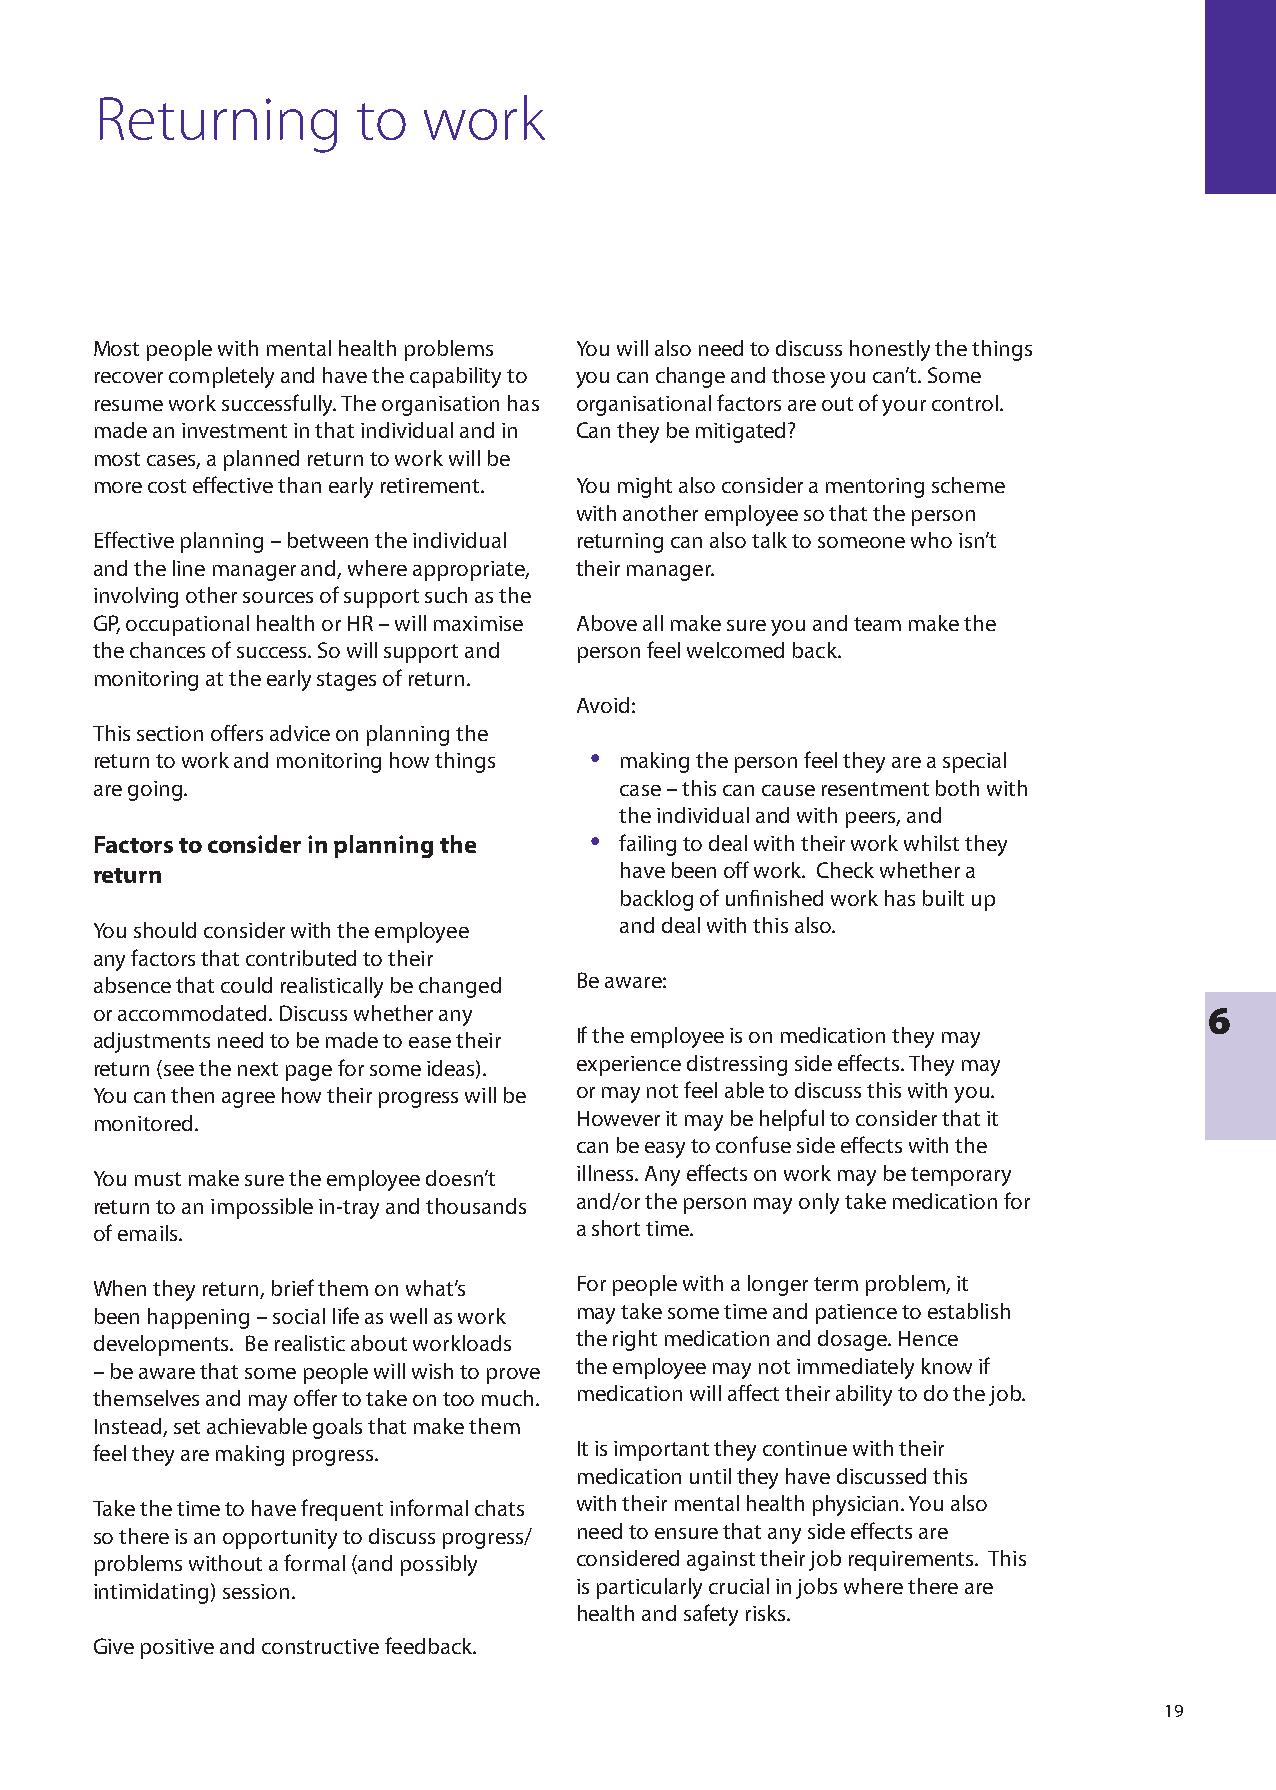
Returning         to  work
 Most people with mental health problems You will also need to discuss honestly the things
 recover completely and have the capability to you can change and those you can’t. Some
 resume work successfully. The organisation has organisational factors are out of your control.
 made an investment in that individual and in Can they be mitigated?
 most cases, a planned return to work will be
 more cost effective than early retirement. You might also consider a mentoring scheme
 with another employee so that the person
 Effective planning – between the individual returning can also talk to someone who isn’t
 and the line manager and, where appropriate, their manager.
 involving other sources of support such as the
 GP, occupational health or HR – will maximise Above all make sure you and team make the
 the chances of success. So will support and person feel welcomed back.
 monitoring at the early stages of return.
 Avoid:
 This section offers advice on planning the
 •
 return to work and monitoring how things making the person feel they are a special
 are going.                         case – this can cause resentment both with
 the individual and with peers, and
 •
 Factors to consider in planning the failing to deal with their work whilst they
 return                             have been off work. Check whether a
 backlog of unfinished work has built up
 You should consider with the employee and deal with this also.
 any factors that contributed to their
 absence that could realistically be changed Be aware:
 or accommodated. Discuss whether any                                      6
 adjustments need to be made to ease their If the employee is on medication they may
 return (see the next page for some ideas). experience distressing side effects. They may
 You can then agree how their progress will be or may not feel able to discuss this with you.
 monitored.                      However it may be helpful to consider that it
 can be easy to confuse side effects with the
 You must make sure the employee doesn’t illness. Any effects on work may be temporary
 return to an impossible in-tray and thousands and/or the person may only take medication for
 of emails.                      a short time.
 When they return, brief them on what’s For people with a longer term problem, it
 been happening – social life as well as work may take some time and patience to establish
 developments. Be realistic about workloads the right medication and dosage. Hence
 – be aware that some people will wish to prove the employee may not immediately know if
 themselves and may offer to take on too much. medication will affect their ability to do the job.
 Instead, set achievable goals that make them
 feel they are making progress.  It is important they continue with their
 medication until they have discussed this
 Take the time to have frequent informal chats with their mental health physician. You also
 so there is an opportunity to discuss progress/ need to ensure that any side effects are
 problems without a formal (and possibly considered against their job requirements. This
 intimidating) session.          is particularly crucial in jobs where there are
 health and safety risks.
 Give positive and constructive feedback.
 9